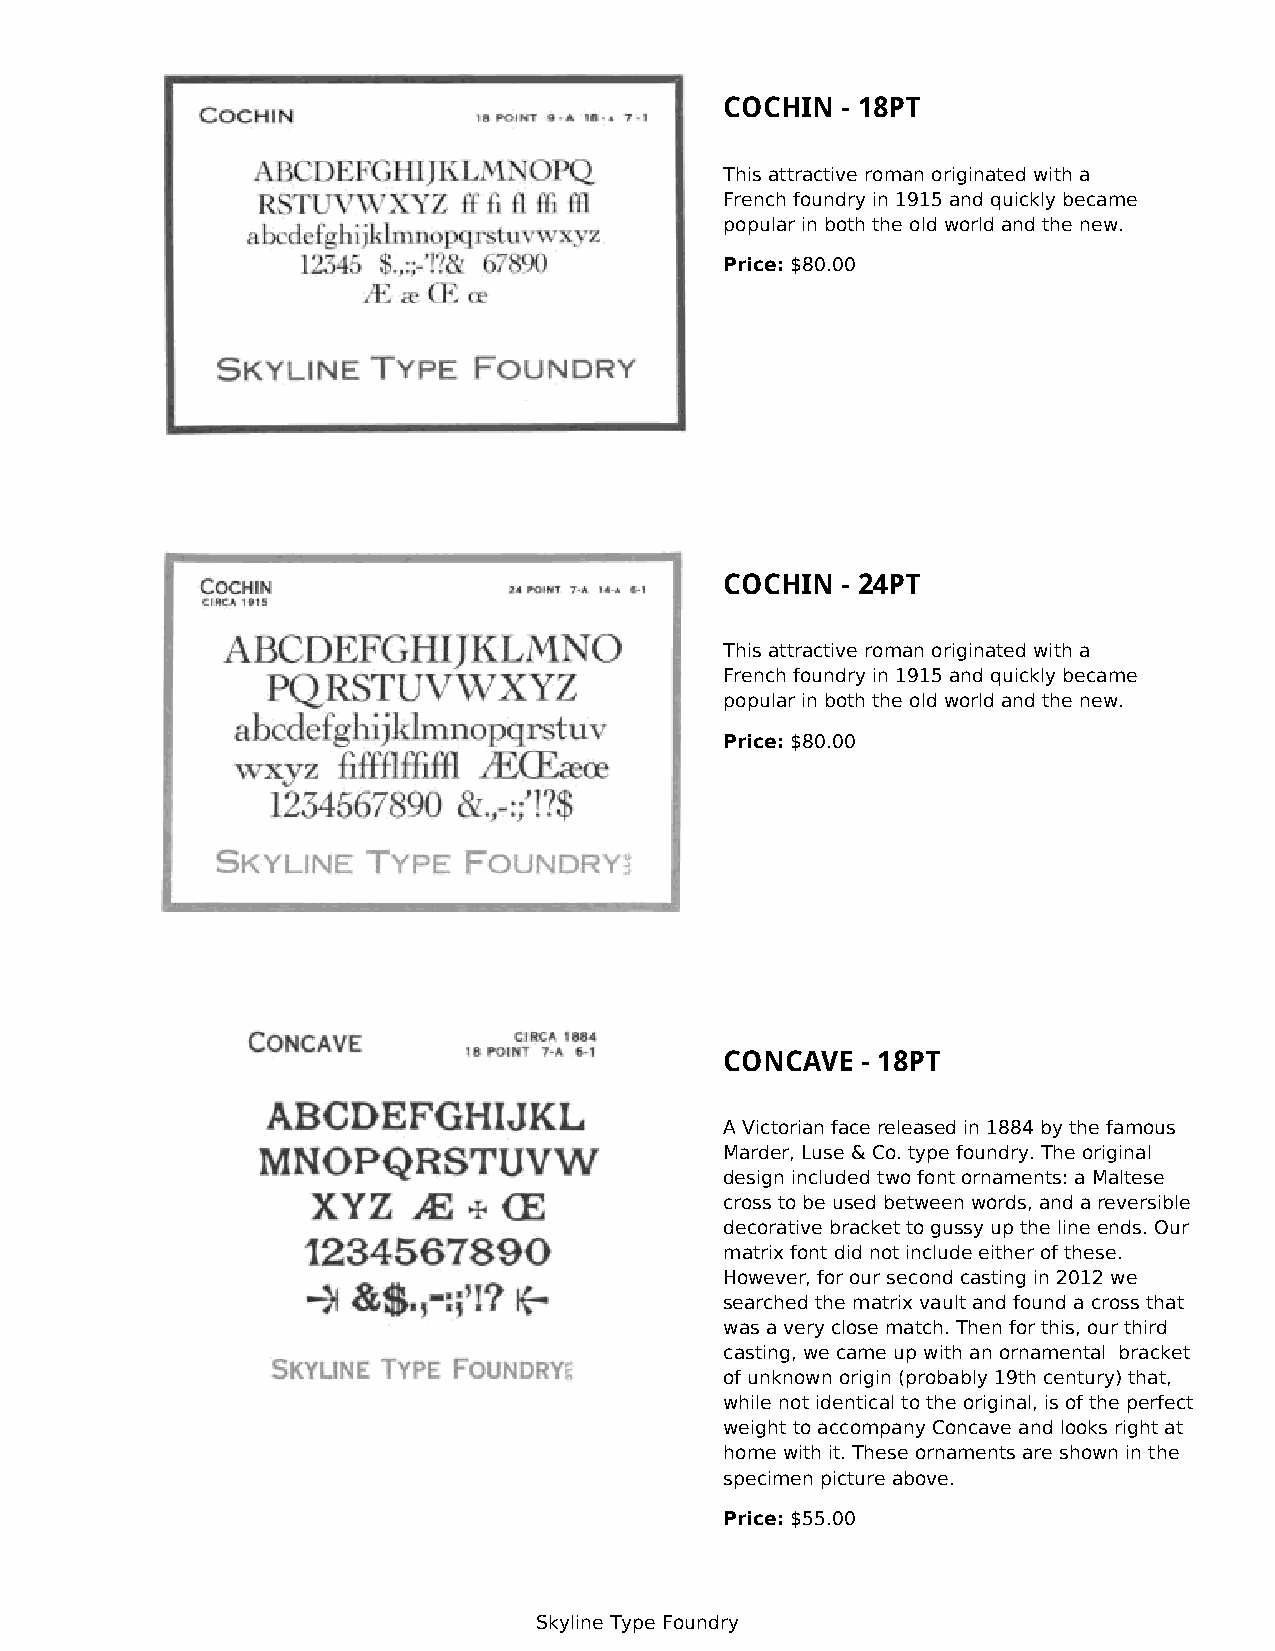
COCHIN  - 18PT
 This attractive roman originated with a
 French foundry in 1915 and quickly became
 popular in both the old world and the new.
 Price: $80.00
 COCHIN  - 24PT
 This attractive roman originated with a
 French foundry in 1915 and quickly became
 popular in both the old world and the new.
 Price: $80.00
 CONCAVE  - 18PT
 A Victorian face released in 1884 by the famous
 Marder, Luse & Co. type foundry. The original
 design included two font ornaments: a Maltese
 cross to be used between words, and a reversible
 decorative bracket to gussy up the line ends. Our
 matrix font did not include either of these.
 However, for our second casting in 2012 we
 searched the matrix vault and found a cross that
 was a very close match. Then for this, our third
 casting, we came up with an ornamental bracket
 of unknown origin (probably 19th century) that,
 while not identical to the original, is of the perfect
 weight to accompany Concave and looks right at
 home with it. These ornaments are shown in the
 specimen picture above.
 Price: $55.00
 Skyline Type Foundry